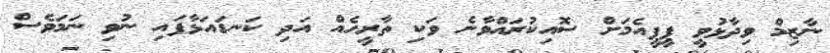
ނާޒިމް ވިދާޅުވީ ޕީޕީއެމަށް ސޮއިކުރައްވާނެ ވަކި ތާރީހެއް އަދި ކަނޑައަޅާފައި ނުވި ނަމަވެސް